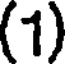
(1)